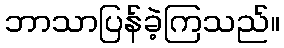
ဘာသာပြန်ခဲ့ကြသည်။